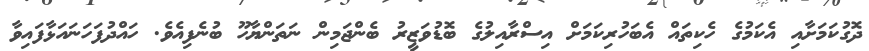
ދޮގުކަމަށާއި އެކަމުގެ ހެކިތައް އެބަހުރިކަމަށް އިސްރާއިލުގެ ބޮޑުވަޒީރު ބެންޖަމިން ނަތަންޔާހޫ ބުނެފިއެވެ. ހައްދުފަހަނައަޅާފައިވާ